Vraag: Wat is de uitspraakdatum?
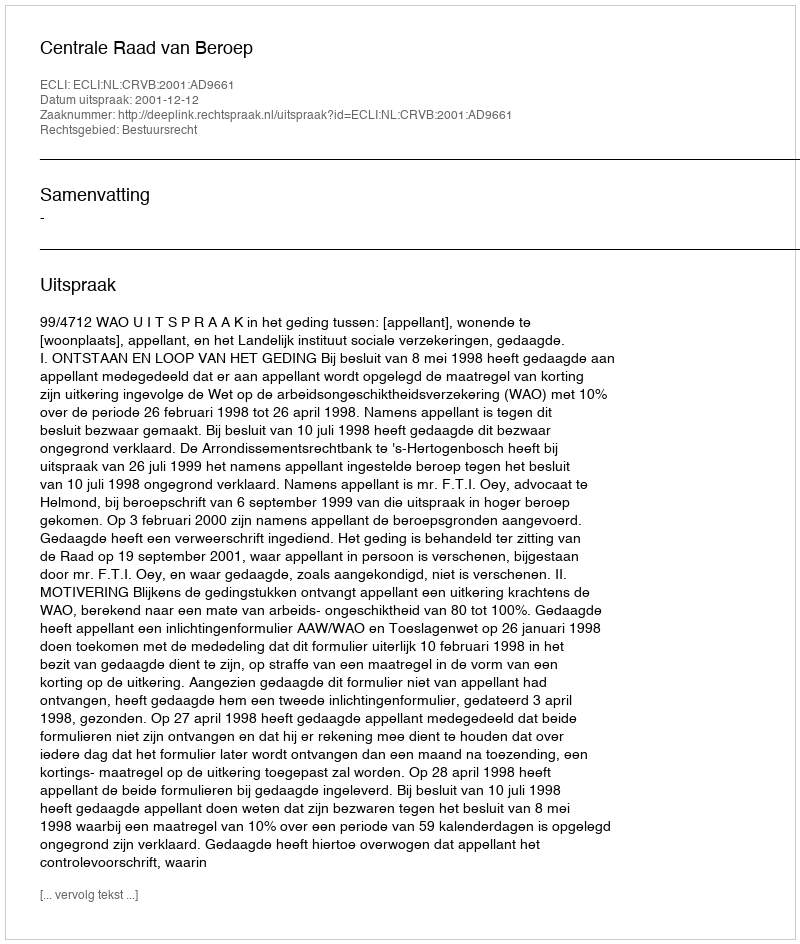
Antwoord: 2001-12-12